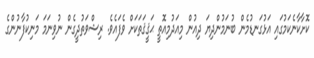
ކޮށާކާނެކަމުގައި އަޅުގަނޑުމެން ބުނަމުންދިޔަ ދިއުން މިއަދުމިއޮތީ ޙަޤީޤަތަކަށް ވެފައެވެ. ރިޝްވަތުދީގެން ނުވިނަމަ މަނިކުފާނުންގެ